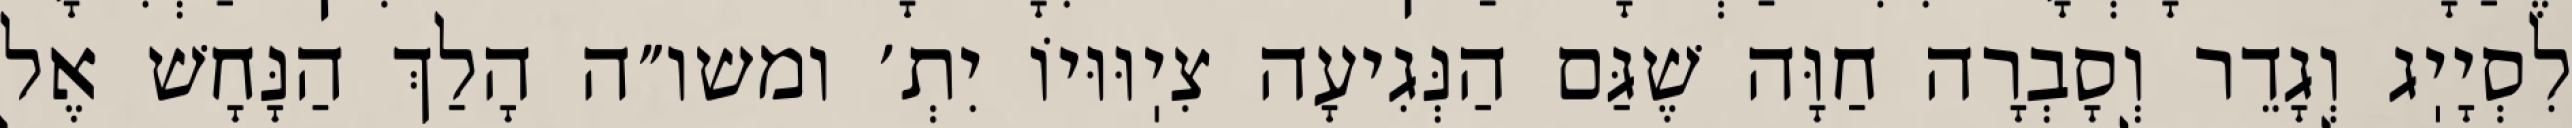
לִסְיָיֽג וְגָדֵר וְסָבְרָה חַוָּה שֶׁגַּם הַנְּגִיעָה צִיֽוּוּיוֹ יִתְ׳ ומשו״ה הָלַךְ הַנָּחָשׁ אֶל